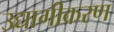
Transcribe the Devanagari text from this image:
उद्यागीकरण